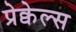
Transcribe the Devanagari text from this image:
प्रेक्वेल्स